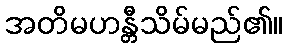
အတိမဟန္တီသိမ်မည်၏။